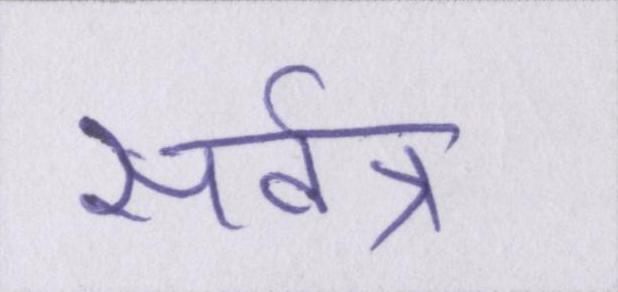
सर्वत्र